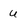
Character: u